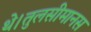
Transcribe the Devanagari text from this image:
थे।तुलसीमानस